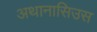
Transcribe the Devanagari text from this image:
अथानासिउस